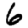
Digit: 6